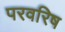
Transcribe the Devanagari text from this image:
परवरिष